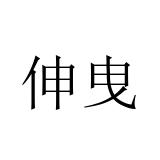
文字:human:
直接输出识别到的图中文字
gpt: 伸曳